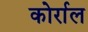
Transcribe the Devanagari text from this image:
कोर्राल